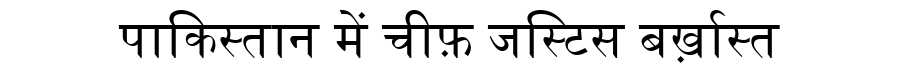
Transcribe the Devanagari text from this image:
पाकिस्तान में चीफ़ जस्टिस बर्ख़ास्त